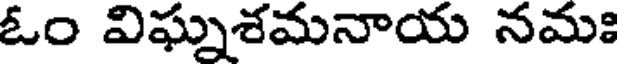
ఓం విఘ్నశమనాయ నమః